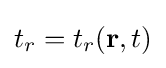
t_{r}=t_{r}(\mathbf {r} ,t)